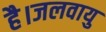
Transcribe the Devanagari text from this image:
है।जलवायु